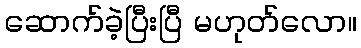
ဆောက်ခဲ့ပြီးပြီ မဟုတ်လော။